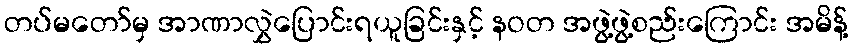
တပ်မတော်မှ အာဏာလွှဲပြောင်းရယူခြင်းနှင့် နဝတ အဖွဲ့ဖွဲ့စည်းကြောင်း အမိန့်